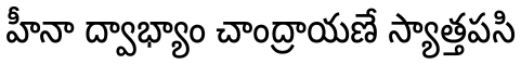
హీనా ద్వాభ్యాం చాంద్రాయణే స్యాత్తపసి